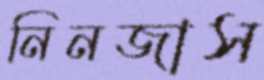
নিনজাস